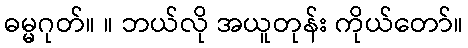
ဓမ္မဂုတ်။ ။ ဘယ်လို အယူတုန်း ကိုယ်တော်။